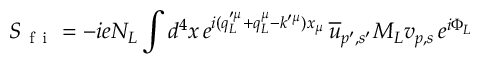
S _ { \mathrm { ~ f ~ i ~ } } = - i e N _ { L } \int d ^ { 4 } x \, e ^ { i ( q _ { L } ^ { \prime \mu } + q _ { L } ^ { \mu } - k ^ { \prime \mu } ) x _ { \mu } } \, \overline { { u } } _ { p ^ { \prime } , s ^ { \prime } } M _ { L } v _ { p , s } \, e ^ { i \Phi _ { L } }